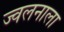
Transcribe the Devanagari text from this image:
ज्वलनाला